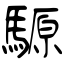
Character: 騵